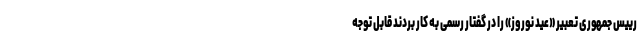
رییس جمهوری تعبیر «عید نوروز» را در گفتار رسمی به کار بردند قابل توجه